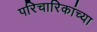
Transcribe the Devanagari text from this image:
परिचारिकांच्या